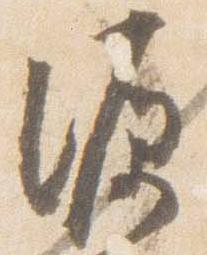
源